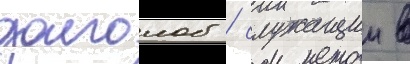
долголоб / служащии в